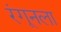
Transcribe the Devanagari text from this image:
रंगूनला